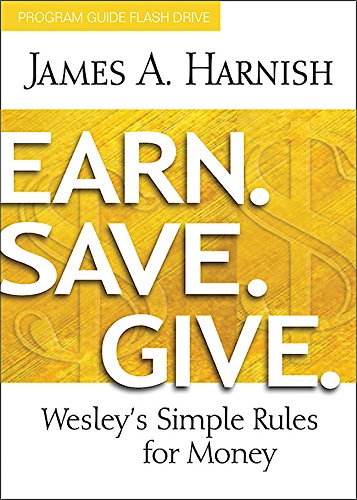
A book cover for Earn. Save. Give. Program Guide Flash Drive: Wesley's Simple Rules for Money; James A. Harnish; Christian Books & Bibles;